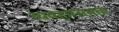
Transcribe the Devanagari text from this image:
व्यवहारसमता